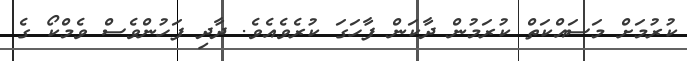
ކުރުމަށް މަސައްކަތް ކުރަމުން ދާކަން ފާހަގަ ކުރެވެއެވެ. ދާދި ފަހުންވެސް ވެމްކޯ ގެ